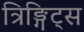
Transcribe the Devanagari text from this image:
त्रिङ्गिट्स